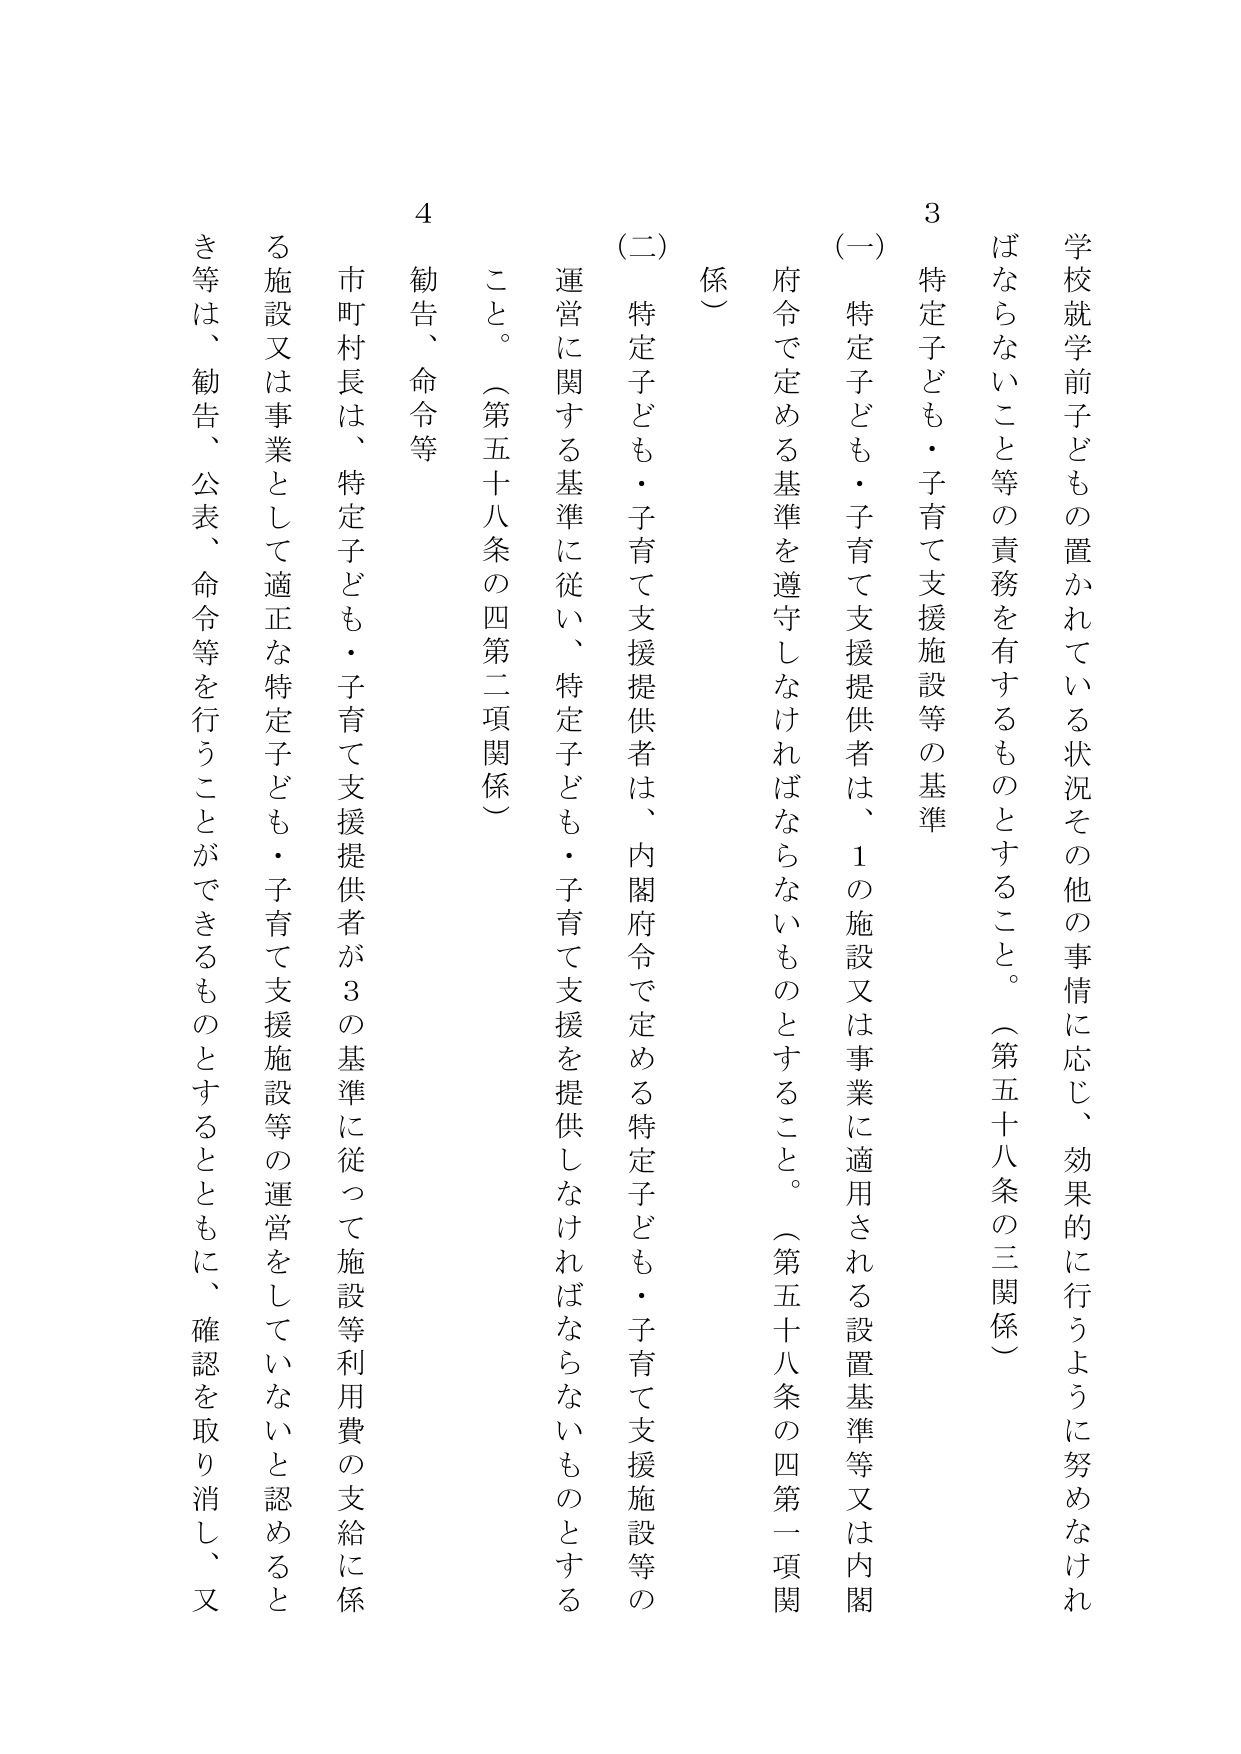
学校就学前子どもの置かれている状況その他の事情に応じ、効果的に行うように努めなければならな いこと等の責務を有するものとすること。（第五十八条の三関係）

3 特定子ども・子育て支援施設等の基準

（一） 特定子ども・子育て支援提供者は、1の施設又は事業に適用される設置基準等又は内閣府令で定める基準を遵守しなければならないものとすること。（第五十八条の四第一項関係）

（二） 特定子ども・子育て支援提供者は、内閣府令で定める特定子ども・子育て支援施設等の運営に関する基準に従い、特定子ども・子育て支援を提供しなければならないものとすること。（第五十八条の四第二項関係）

4 勧告、命令等

市町村長は、特定子ども・子育て支援提供者が3の基準に従って施設等利用費の支給に係る施設又は事業として適正な特定子ども・子育て支援施設等の運営をしていないと認めるときは、勧告、公表、命令等を行うことができるものとするとともに、確認を取り消し、又